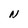
Character: N